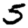
Digit: 5